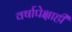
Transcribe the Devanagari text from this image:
वर्षापेक्षाही